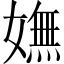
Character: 嫵